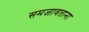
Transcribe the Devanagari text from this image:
समजावताना